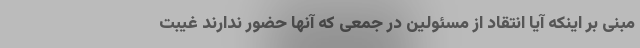
مبنی بر اینکه آیا انتقاد از مسئولین در جمعی که آنها حضور ندارند غیبت